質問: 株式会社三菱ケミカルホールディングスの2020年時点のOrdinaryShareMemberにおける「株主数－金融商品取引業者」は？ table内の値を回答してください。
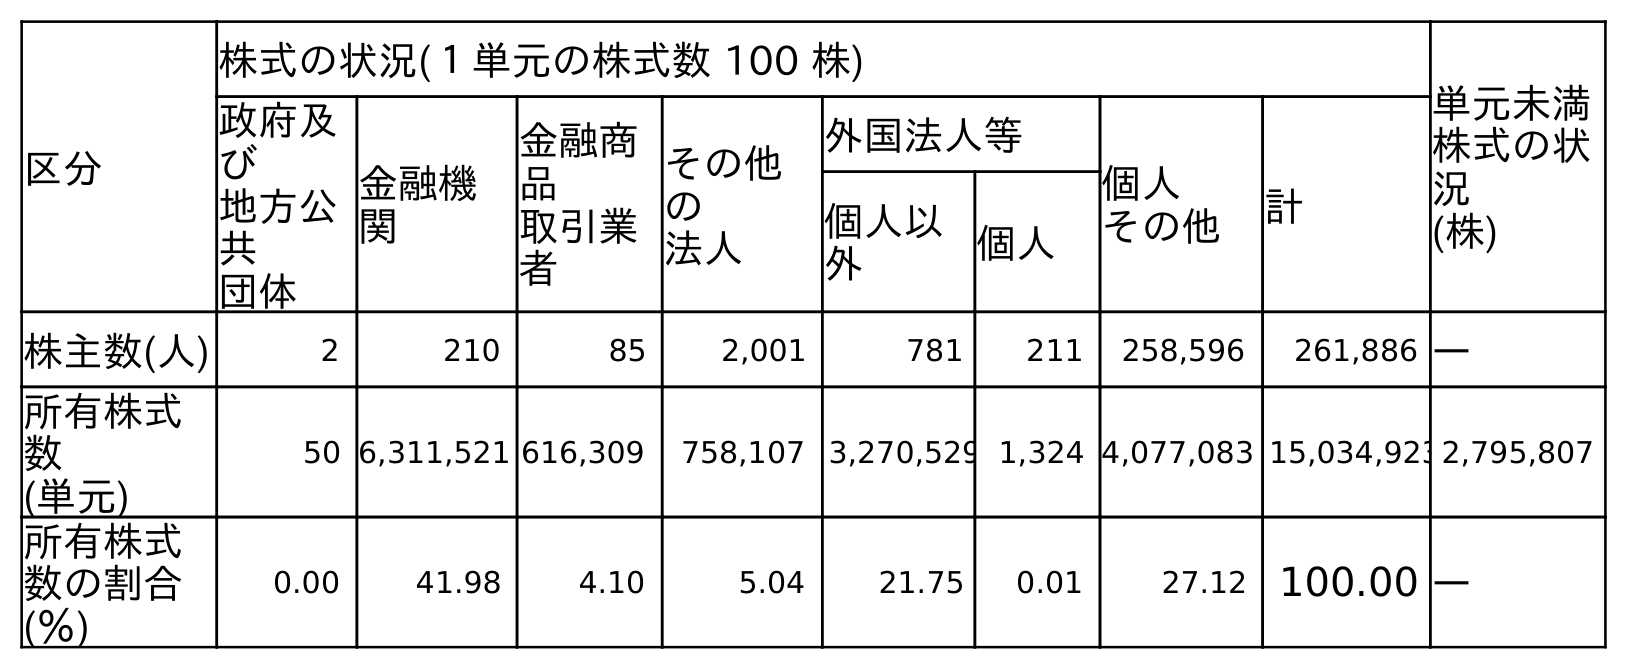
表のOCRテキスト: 区分 株式の状況(１単元の株式数 100 株) 単元未満 株式の状 況 (株) 政府及 び 地方公 共 団体 金融機 関 金融商 品 取引業 者 その他 の 法人 外国法人等 個人 その他 計 個人以 外 個人 株主数(人) 2 210 85 2,001 781 211 258,596 261,886 ― 所有株式 数 (単元) 50 6,311,521 616,309 758,107 3,270,529 1,324 4,077,083 15,034,9232,795,807 所有株式 数の割合 (％) 0.00 41.98 4.10 5.04 21.75 0.01 27.12 100.00 ―
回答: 85